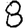
Digit: 8